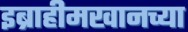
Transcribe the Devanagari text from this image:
इब्राहीमखानच्या